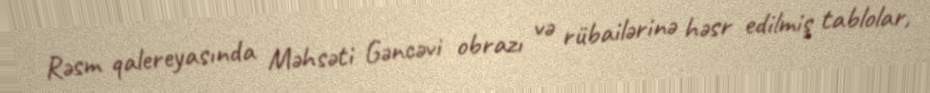
Rəsm qalereyasında Məhsəti Gəncəvi obrazı və rübailərinə həsr edilmiş tablolar,